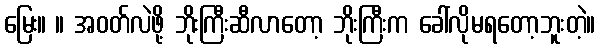
မြေး။ ။ အဝတ်လဲဖို့ ဘိုးကြီးဆီလာတော့ ဘိုးကြီးက ခေါ်လိုမရတော့ဘူးတဲ့။